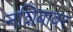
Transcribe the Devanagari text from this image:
नशिबावर